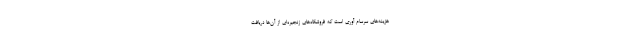
هزینه‌های سرسام آوری است که فروشگاه‌های زنجیره‌ای از آن‌ها دریافت